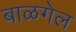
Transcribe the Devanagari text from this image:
बाळगेल